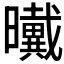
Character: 𰖺